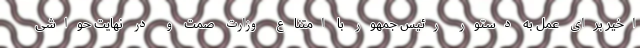
اخیر برای عمل به دستور رئیس جمهور با امتناع وزارت صمت و در نهایت حواشی